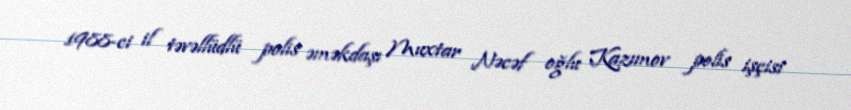
1988-ci il təvəllüdlü polis əməkdaşı Muxtar Nəcəf oğlu Kazımov polis işçisi